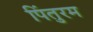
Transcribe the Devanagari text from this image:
पिंतुरम